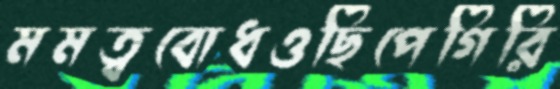
মমত্ববোধওছিপেগিরি